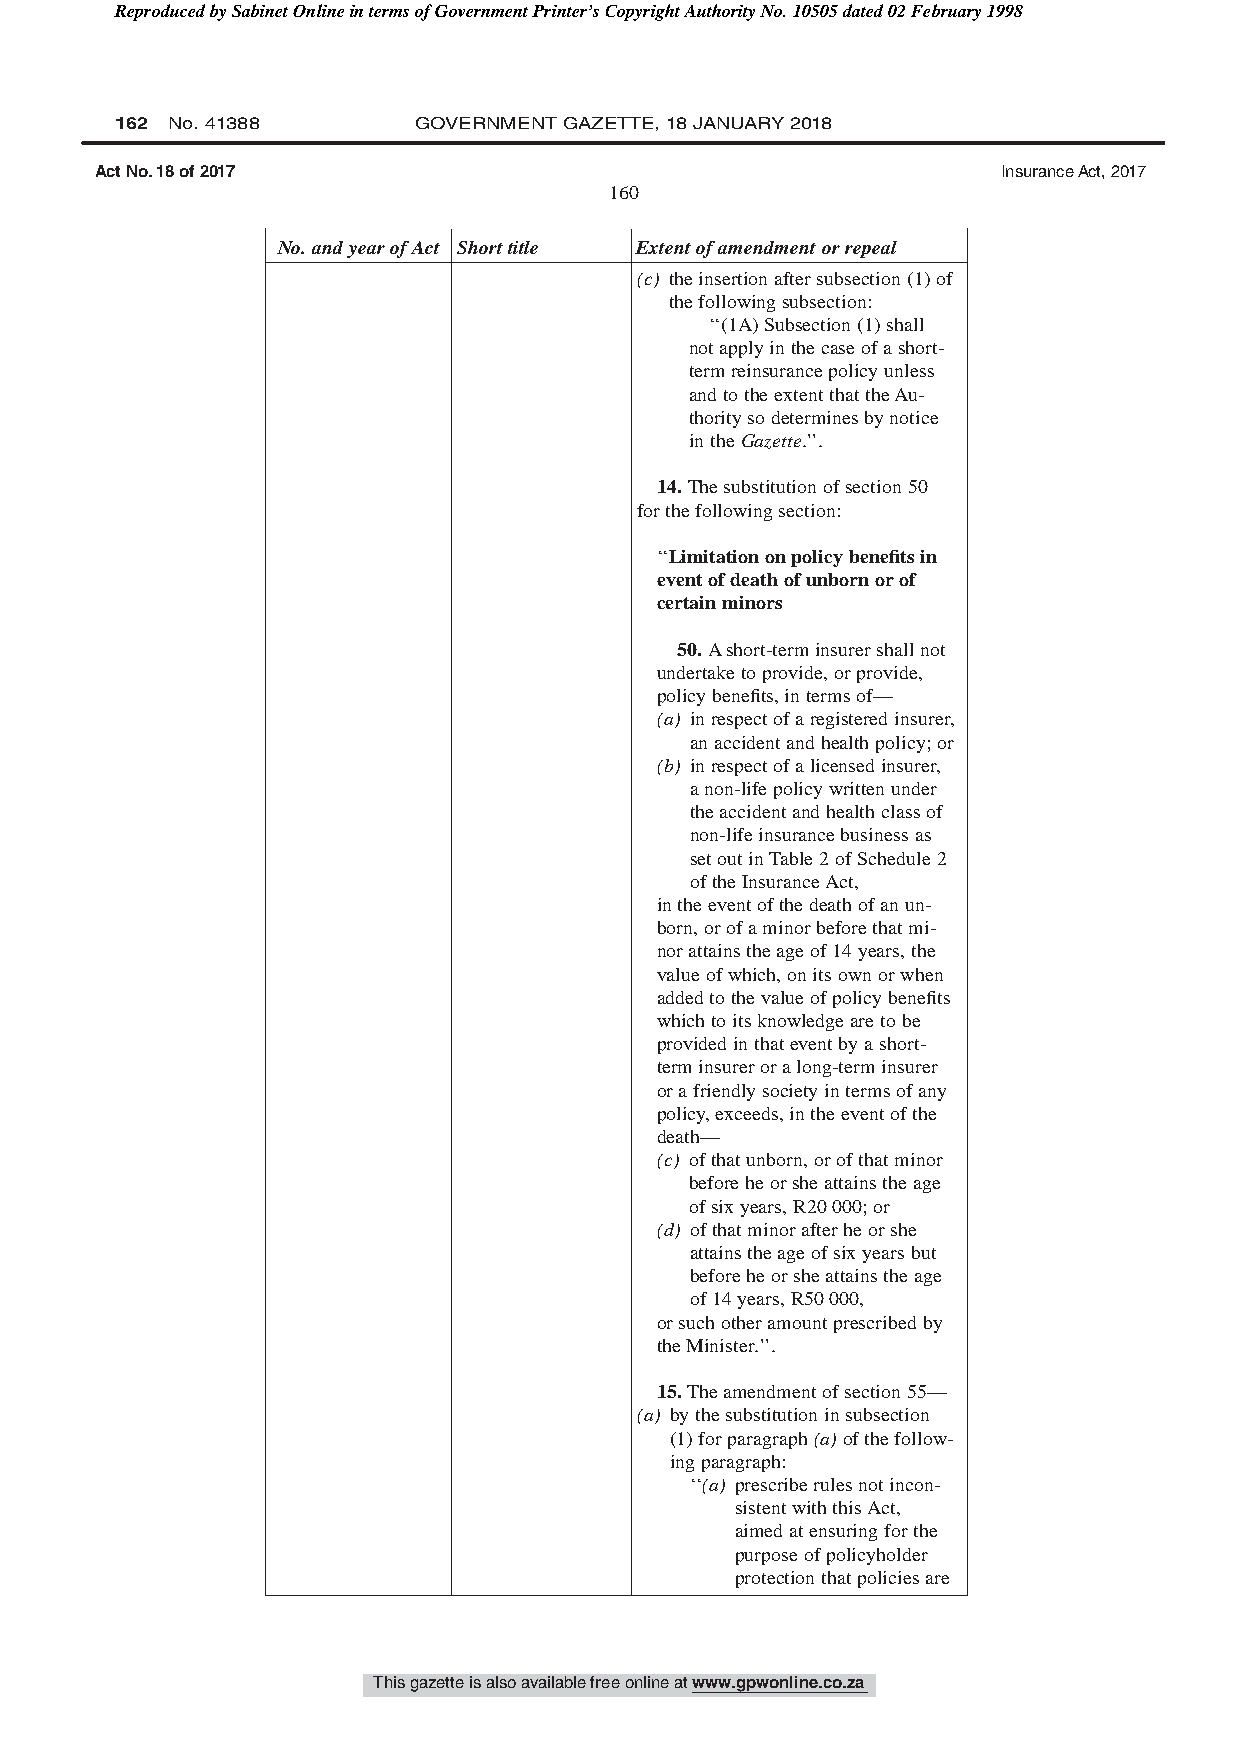
Reproduced by Sabinet Online in terms of Government Printer’s Copyright Authority No. 10505 dated 02 February 1998
 162 No. 41388      GOVERNMENT GAZETTE, 18 JANUARY 2018
 Act No. 18 of 2017                                          Insurance Act, 2017
 160
 No.andyearofAct Shorttitle Extentofamendmentorrepeal
 (c) theinsertionaftersubsection(1)of
 thefollowingsubsection:
 ‘‘(1A)Subsection(1)shall
 notapplyinthecaseofashort-
 termreinsurancepolicyunless
 andtotheextentthattheAu-
 thoritysodeterminesbynotice
 intheGazette.’’.
 14.Thesubstitutionofsection50
 forthefollowingsection:
 ‘‘Limitationonpolicybenefitsin
 eventofdeathofunbornorof
 certainminors
 50.Ashort-terminsurershallnot
 undertaketoprovide,orprovide,
 policybenefits,intermsof—
 (a) inrespectofaregisteredinsurer,
 anaccidentandhealthpolicy;or
 (b) inrespectofalicensedinsurer,
 anon-lifepolicywrittenunder
 theaccidentandhealthclassof
 non-lifeinsurancebusinessas
 setoutinTable2ofSchedule2
 oftheInsuranceAct,
 intheeventofthedeathofanun-
 born,orofaminorbeforethatmi-
 norattainstheageof14years,the
 valueofwhich,onitsownorwhen
 addedtothevalueofpolicybenefits
 whichtoitsknowledgearetobe
 providedinthateventbyashort-
 terminsureroralong-terminsurer
 orafriendlysocietyintermsofany
 policy,exceeds,intheeventofthe
 death—
 (c) ofthatunborn,orofthatminor
 beforeheorsheattainstheage
 ofsixyears,R20000;or
 (d) ofthatminorafterheorshe
 attainstheageofsixyearsbut
 beforeheorsheattainstheage
 of14years,R50000,
 orsuchotheramountprescribedby
 theMinister.’’.
 15.Theamendmentofsection55—
 (a) bythesubstitutioninsubsection
 (1)forparagraph(a)ofthefollow-
 ingparagraph:
 ‘‘(a) prescriberulesnotincon-
 sistentwiththisAct,
 aimedatensuringforthe
 purposeofpolicyholder
 protectionthatpoliciesare
 This gazette is also available free online at www.gpwonline.co.za